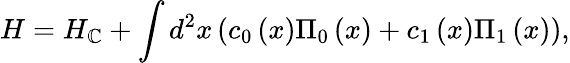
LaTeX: H=H_{\mathbb{C}}+\int{d^{2}}x\left({c_{0}\left(x\right)\Pi_{0}\left(x\right)+c_{1}\left(x\right)\Pi_{1}\left(x\right)}\right),